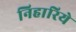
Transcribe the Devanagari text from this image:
निहारिये